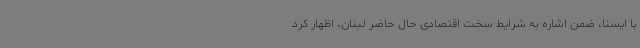
با ایسنا، ضمن اشاره به شرایط سخت اقتصادی حال حاضر لبنان، اظهار کرد